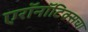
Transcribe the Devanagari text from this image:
एरॉनॉटिक्सचा